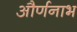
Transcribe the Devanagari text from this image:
और्णनाभ